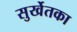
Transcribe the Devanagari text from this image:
सुर्खेतका